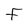
Character: F